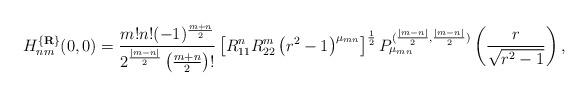
LaTeX: \begin{align*}H_{nm}^{\{{\bf R}\}}(0,0)=\frac {m!n!(-1)^{\frac {m+n}2}}{2^{\frac {|m-n|}2}\left(\frac {m+n}2\right)!}\left[R_{11}^nR_{22}^m\left(r^2-1\right)^{\mu_{mn}}\right]^{\frac 12}P_{\mu_{mn}}^{(\frac {|m-n|}2,\frac {|m-n|}2)}\left(\frac r{\sqrt {r^2-1}}\right),\end{align*}